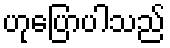
ဟုပြောပါသည်